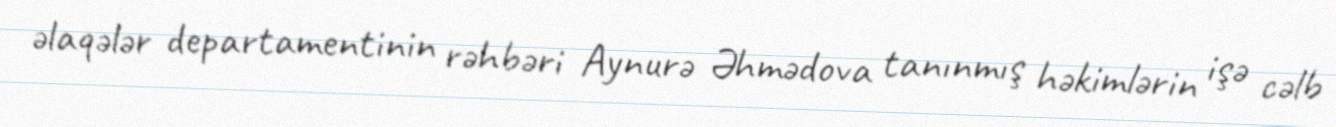
əlaqələr departamentinin rəhbəri Aynurə Əhmədova tanınmış həkimlərin işə cəlb